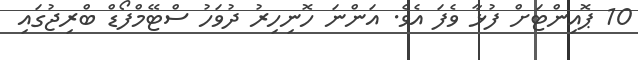
10 ޕޮއިންޓަށް ފުޅާ ވެފަ އެވެ. އަންނަ ހޮނިހިރު ދުވަހު ސްޓޭމްފޯޑް ބްރިޖުގައި